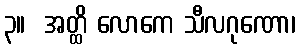
၃။  အတ္ထိ လောကေ သီလဂုဏော၊